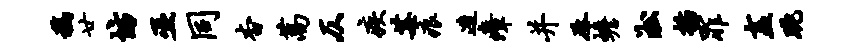
稿廿坊巫同杳蒿仄疾莓痕造瘴并丞蟾淞插罪盍眺